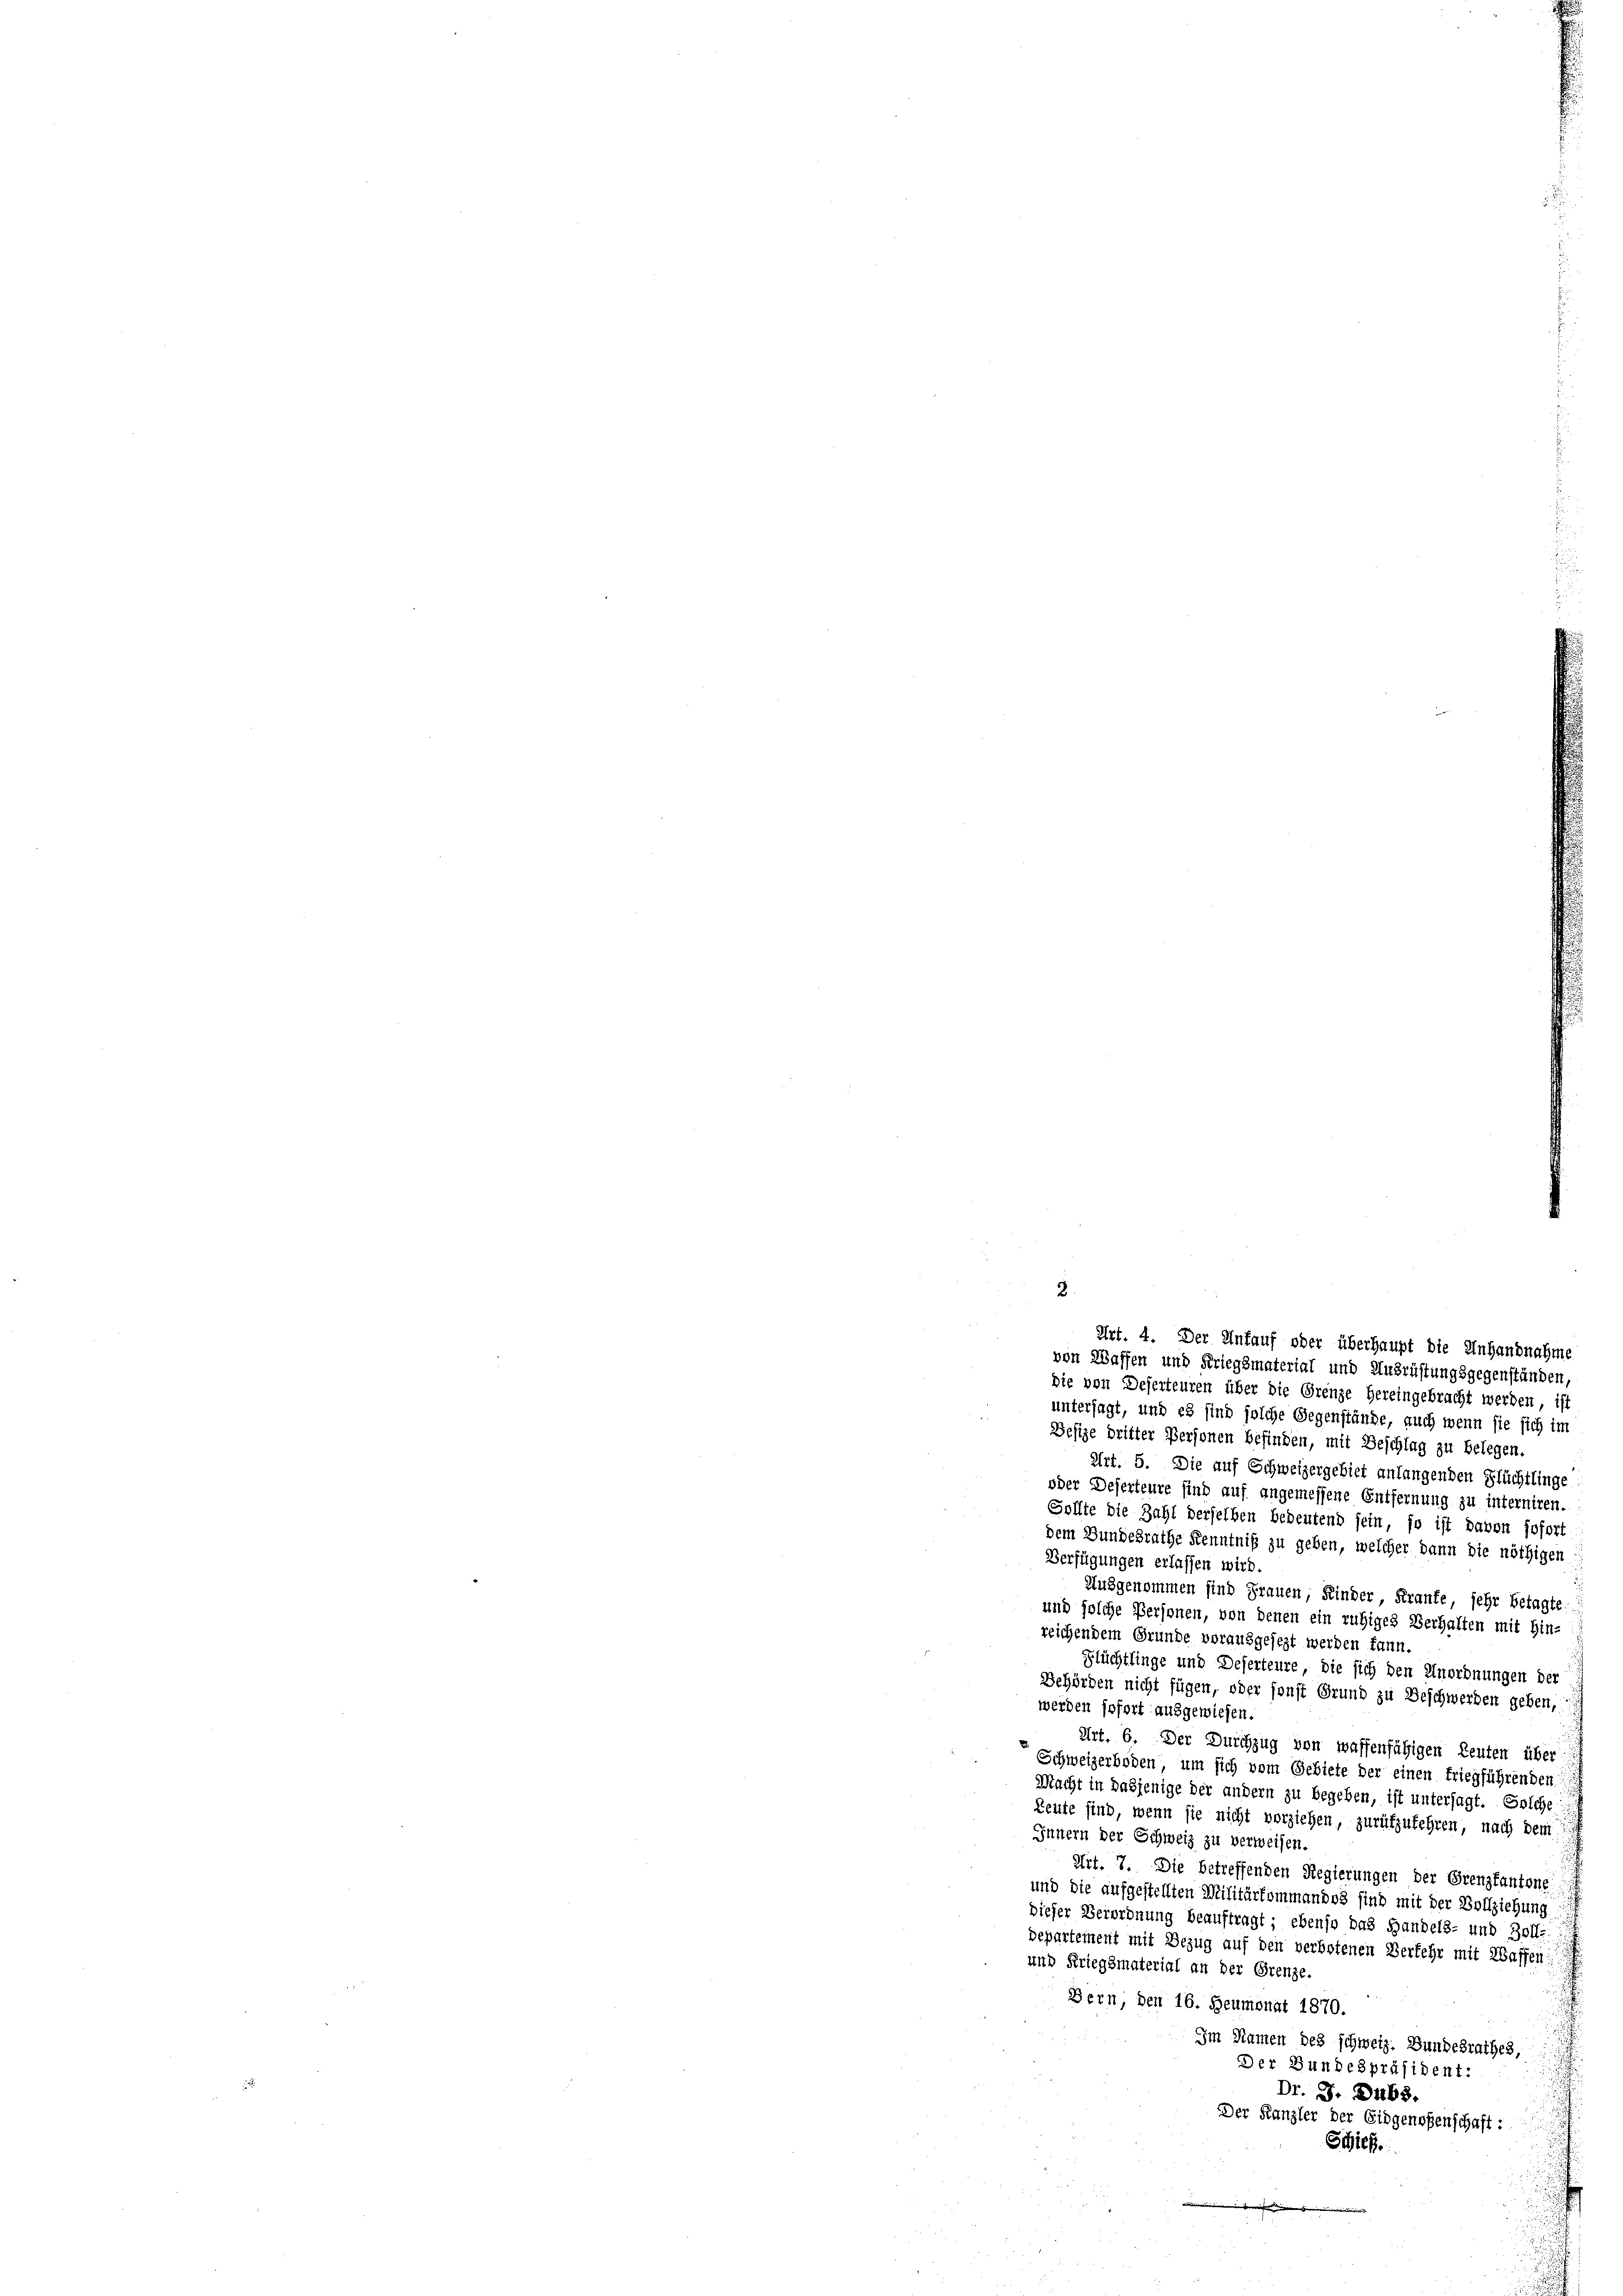
2

von Waffen und Kriegsmaterial und Ausrüstungsgegenständen,
die von Deserteuren über die Grenze hereingebracht werden, ist
untersagt, und es sind solche Gegenstände, auch wenn sie sich im
Besize dritter Personen befinden, mit Beschlag zu belegen.
Art. 5. Die auf Schweizergebiet anlangenden Flüchtlinge
oder Deserteure sind auf angemessene Entfernung zu interniren.
Sollte die Zahl derselben bedeutend sein, so ist davon sofort
dem Bundesrathe Kenntniß zu geben, welcher dann die nöthigen
Verfügungen erlassen wird.
Ausgenommen sind Frauen, Kinder, Kranke, sehr betagte
und solche Personen, von denen ein ruhiges Verhalten mit Hin-
reichendem Grunde vorausgesezt werden kann.
Flüchtlinge und Deserteure, die sich den Unordnungen der
Behörden nicht fügen, oder sonst Grund zu Beschwerden geben,
werden sofort ausgewiesen.
.
Art. 6. Der Durchzug von waffenfähigen Leuten über
Schweizerboden, um sich vom Gebiete der einen triegführenden
Macht in dasjenige der andern zu begeben, ist untersagt. Solche
Leute sind, wenn sie nicht vorziehen, zurükzukehren, nach dem
Innern der Schweiz zu verweisen.
Art. 7. Die betreffenden Regierungen der Grenzkantone
und die aufgestellten Militärkommandos sind mit der Vollziehung
dieser Verordnung beauftragt; ebenso das Handels- und Zolle.
bdepartement mit Bezug auf den verbotenen Verfehr mit Waffen:
und Kriegsmaterial an der Grenze.
Bern, den 16. Heumonat 1870.
Im Namen des schweiz. Bundesrathes,
Der Bundespräsident:
Dr. J. D465.
Der Kanzler der Eidgenoßenschaft:
Schick
 i die

Art. 4. Der Unfauf oder überhaupt die Unhandnahme